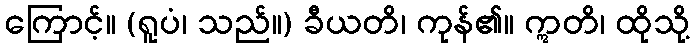
ကြောင့်။ (ရူပံ၊ သည်။) ခီယတိ၊ ကုန်၏။ ဣတိ၊ ထိုသို့